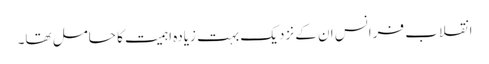
انقلاب فرانس ان کے نزدیک بہت زیادہ اہمیت کا حامل تھا۔